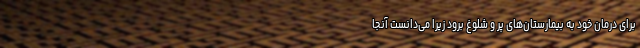
برای درمان خود به بیمارستان‌های پر و شلوغ برود زیرا می‌دانست آنجا